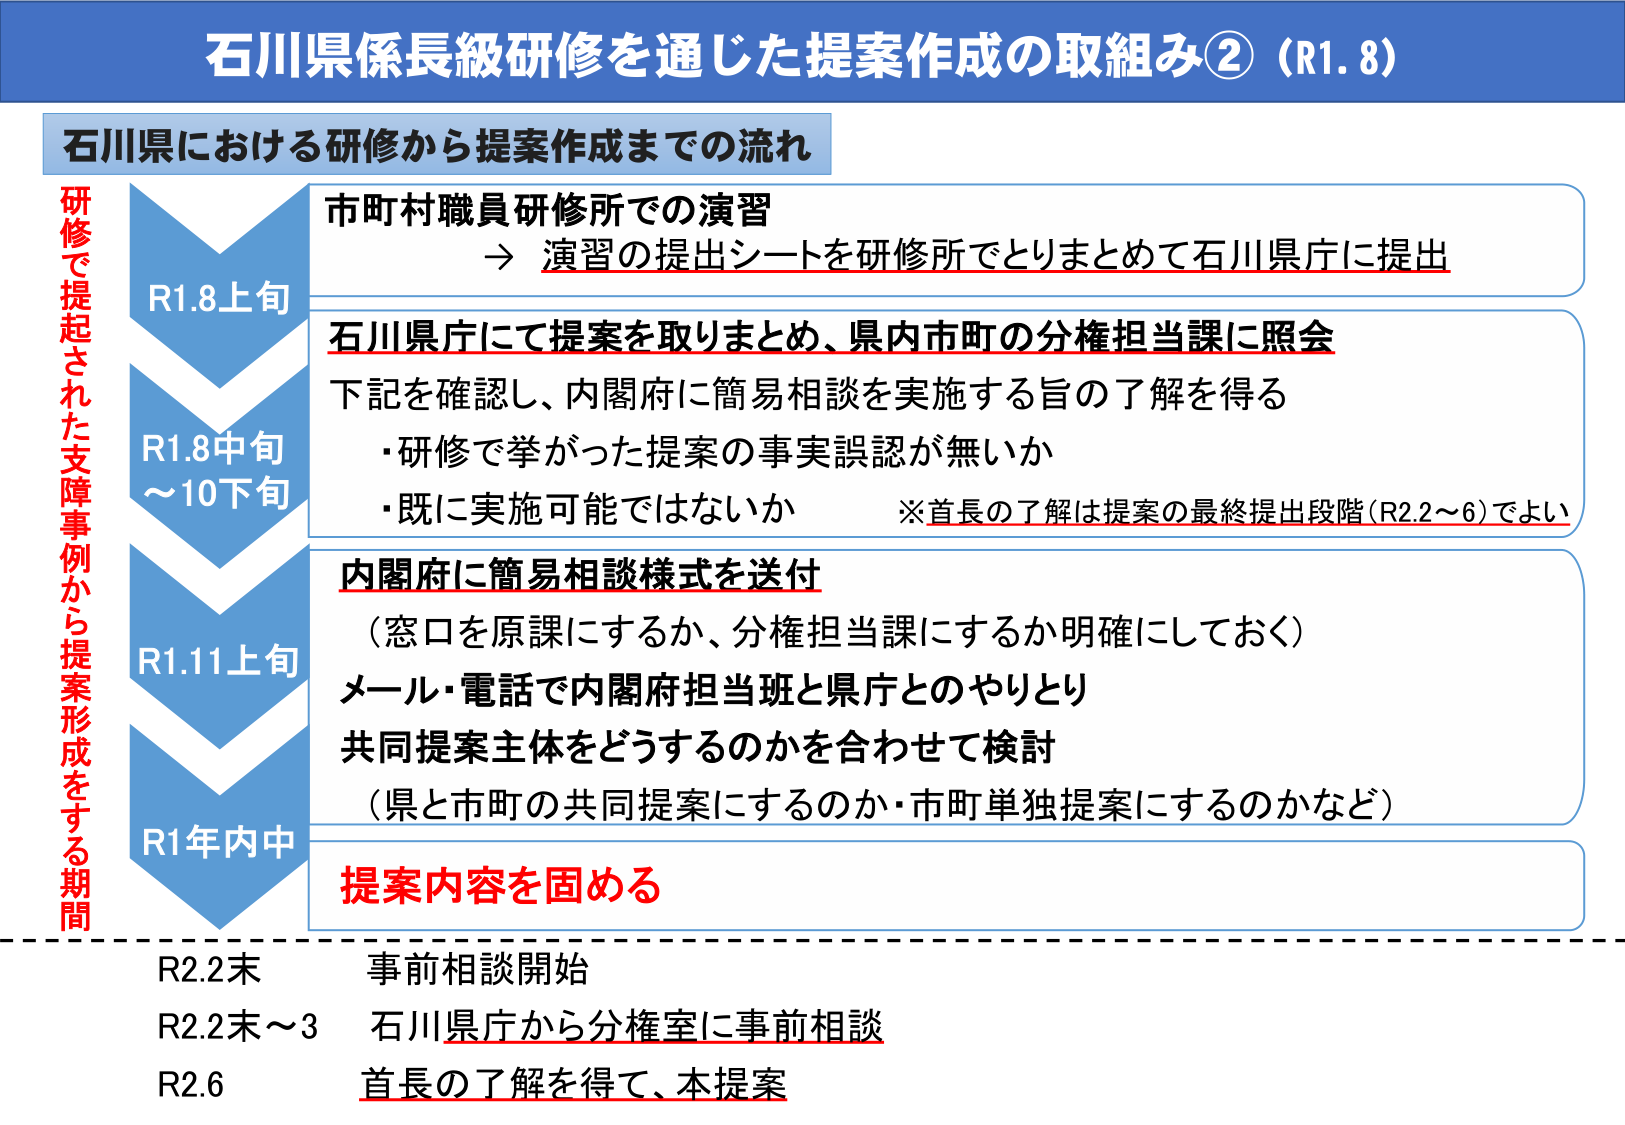
石川県係長級研修を通じた提案作成の取組み②（R1.8）

石川県における研修から提案作成までの流れ

研修で提起された支援事例から提案形成をする期間

R1.8上旬
市町村職員研修所での演習
→ 演習の提出シートを研修所でとりまとめて石川県庁に提出

R1.8中旬～10下旬
石川県庁にて提案を取りまとめ、県内市町の分権担当課に照会
下記を確認し、内閣府に簡易相談を実施する旨の了解を得る
・研修で挙がった提案の事実誤認が無いか
・既に実施可能ではないか
※首長の了解は提案の最終提出段階（R2.2～6）でよい

R1.11上旬
内閣府に簡易相談様式を送付
（窓口を原課にするか、分権担当課にするか明確にしておく）
メール・電話で内閣府担当班と県庁とのやりとり
共同提案主体をどうするのかを合わせて検討
（県と市町の共同提案にするのか・市町単独提案にするのかなど）

R1年内中
提案内容を固める

R2.2末　事前相談開始
R2.2末～3　石川県庁から分権室に事前相談
R2.6　首長の了解を得て、本提案